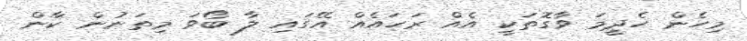
މިހެން ހެދީމަ ވާގޮތަކީ އެއް ރަހައެއް އޭގައި ލާ ބޯވަ މިތަނުން ކާން